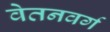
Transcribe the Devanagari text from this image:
वेतनवर्ग